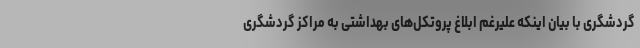
گردشگری با بیان اینکه علیرغم ابلاغ پروتکل‌های بهداشتی به مراکز گردشگری